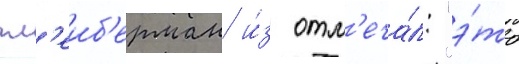
гл'еиб'ерман и́з отм'еча́л: "э́то